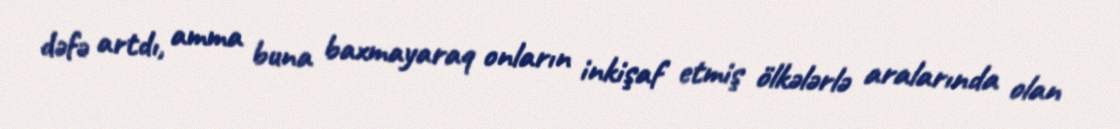
dəfə artdı, amma buna baxmayaraq onların inkişaf etmiş ölkələrlə aralarında olan